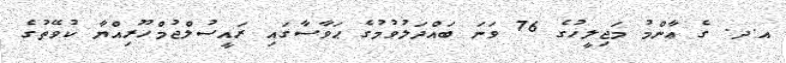
އ.ދ. ގެ ޢާންމު މަޖިލީހުގެ 76 ވަނަ ބައްދަލުވުމުގެ ޙަވާސާގައި ރައީސުލްޖުމްހޫރިއްޔާ ކުވޭތުގެ